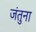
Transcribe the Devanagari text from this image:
जंतुना